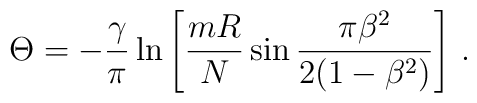
\Theta = -\frac {\gamma}{\pi} \ln \left [ \frac {mR}{N} \sin \frac {\pi \beta ^2}{2(1-\beta ^2)} \right ] \, .